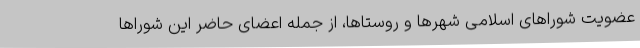
عضویت شوراهای اسلامی شهرها و روستاها، از جمله اعضای حاضر این شوراها